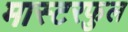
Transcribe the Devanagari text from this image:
मास्टरफुल